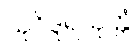
သုဝိဒူရသုတ္တံ